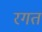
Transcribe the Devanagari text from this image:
रगत